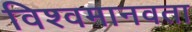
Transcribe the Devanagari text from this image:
विश्वमानवता